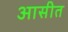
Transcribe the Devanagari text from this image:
आसीत